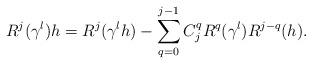
LaTeX: \begin{align*} R^{j}(\gamma ^{l})h=R^{j}(\gamma ^{l}h)-\sum_{q=0}^{j-1}{C_{j}^{q}R^{q}(\gamma ^{l})R^{j-q}(h)}.\end{align*}